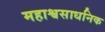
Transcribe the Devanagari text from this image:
महाश्वसाधनिक